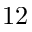
{ \displaystyle 1 2 }